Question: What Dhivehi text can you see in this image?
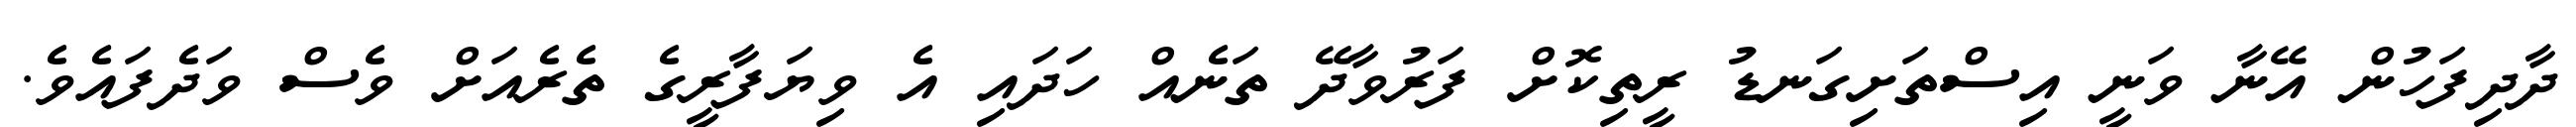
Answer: ދާދިފަހުން އޭނާ ވަނީ އިސްތަށިގަނޑު ރީތިކޮށް ފަރުވާދޭ ތަނެއް ހަދައި އެ ވިޔަފާރީގެ ތެރެއަށް ވެސް ވަދެފައެވެ.